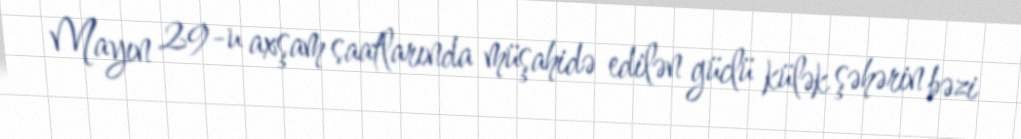
Mayın 29-u axşam saatlarında müşahidə edilən güclü külək şəhərin bəzi